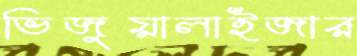
ভিজুয়ালাইজার